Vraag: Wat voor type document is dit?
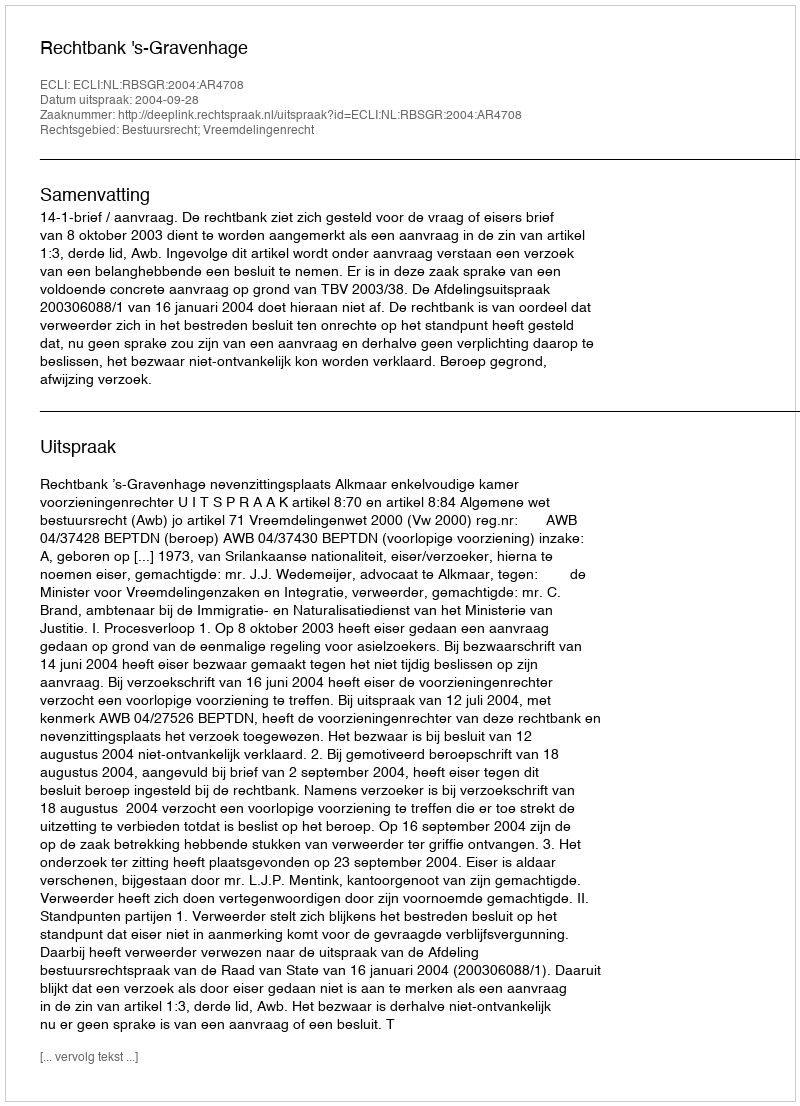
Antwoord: Uitspraak